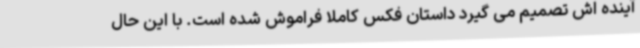
آینده اش تصمیم می گیرد داستان فکس کاملا فراموش شده است. با این حال